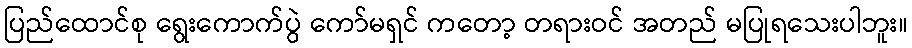
ပြည်ထောင်စု ရွေးကောက်ပွဲ ကော်မရှင် ကတော့ တရားဝင် အတည် မပြုရသေးပါဘူး။